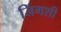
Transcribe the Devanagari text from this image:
जिंगशी